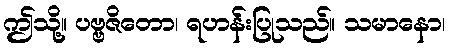
ဤသို့။ ပဗ္ဗဇိတော၊ ရဟန်းပြုသည်။ သမာနော၊